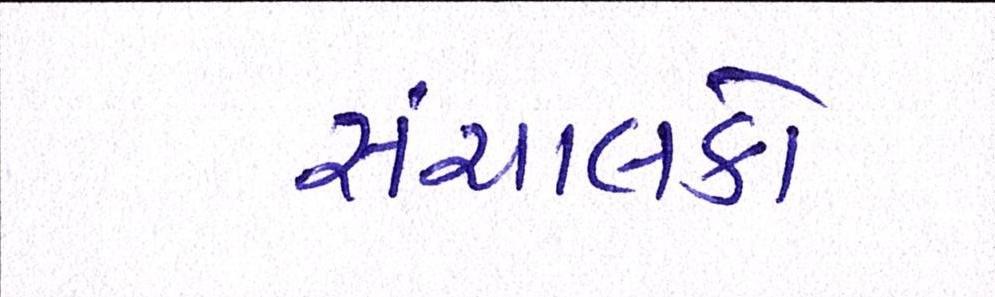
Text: સંચાલકો